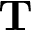
{ \bf T }